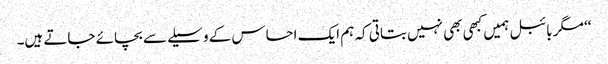
‘‘ مگر بائبل ہمیں کبھی بھی نہیں بتاتی کہ ہم ایک احساس کے وسیلے سے بچائے جاتے ہیں۔